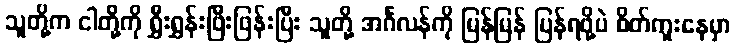
သူတို့က ငါတို့ကို ရွှီးရွှန်းဖြီးဖြန်းပြီး သူတို့ အင်္ဂလန်ကို မြန်မြန် ပြန်ရဖို့ပဲ စိတ်ကူးနေမှာ